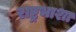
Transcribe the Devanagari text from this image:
राष्ट्रभाशा